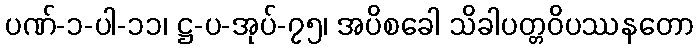
ပဏ်-၁-ပါ-၁၁၊ ဋ္ဌ-ပ-အုပ်-၇၅၊ အပိစခေါ သိခါပတ္တဝိပဿနတော